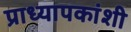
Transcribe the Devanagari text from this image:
प्राध्यापकांशी